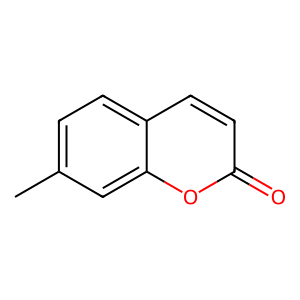
SMILES: Cc1ccc2ccc(=O)oc2c1
Inhibits HIV replication: No